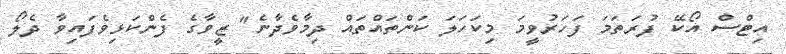
އިޓްސް އޯކޭ ފުރަތަމަ ފަހަރުވީމަ މިކަހަލަ ކަންތައްތައް ދިމާވެދާނެ" ޒީވާގެ ފެންކަޅިވެފައިވާ ދެލޯ